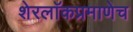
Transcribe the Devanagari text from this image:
शेरलाॅकप्रमाणेच